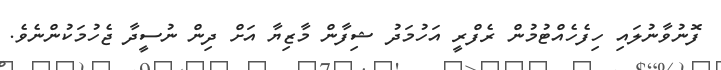
ފޮނުވާނުލައި ހިފެހެއްޓުމުން ރެފްރީ އަހުމަދު ޝިފާން މާޒިޔާ އަށް ދިން ނުސީދާ ޖެހުމަކުންނެވެ.